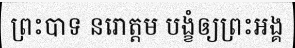
ព្រះបាទ នរោត្តម បង្ខំឲ្យព្រះអង្គ